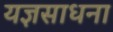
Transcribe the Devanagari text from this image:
यज्ञसाधना